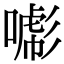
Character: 𢒯